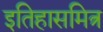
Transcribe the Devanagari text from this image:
इतिहासमित्र